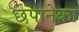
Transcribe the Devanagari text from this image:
छपानेका